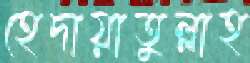
হেদায়াতুল্লাহ